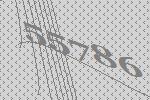
55786